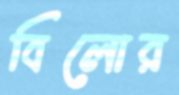
বিলোর